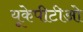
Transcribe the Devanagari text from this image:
यूकेपीटीओ